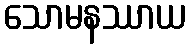
သောမနဿာယ